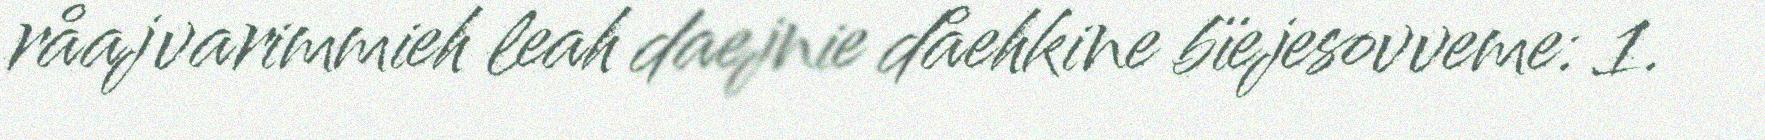
råajvarimmieh leah daejnie dåehkine bïejesovveme: 1.